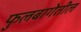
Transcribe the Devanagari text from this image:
फुलबागेतील